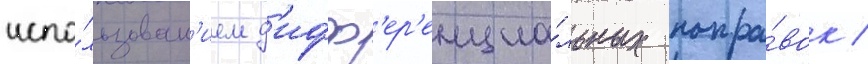
испо́льзован'ием д'ифф'ер'енциа́льных попра́вок /